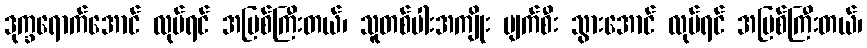
ဒုက္ခရောက်အောင် လုပ်ရင် အပြစ်ကြီးတယ်၊ သူတစ်ပါးအကျိုး ပျက်စီး သွားအောင် လုပ်ရင် အပြစ်ကြီးတယ်၊